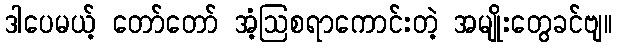
ဒါပေမယ့် တော်တော် အံ့ဩစရာကောင်းတဲ့ အမျိုးတွေခင်ဗျ။